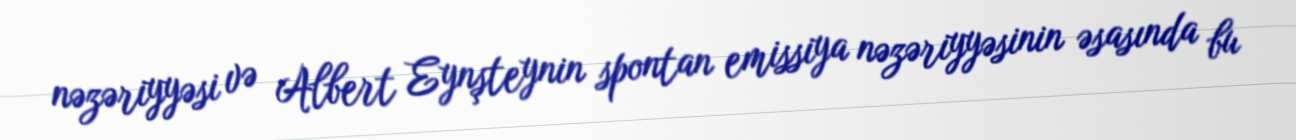
nəzəriyyəsi və Albert Eynşteynin spontan emissiya nəzəriyyəsinin əsasında bu